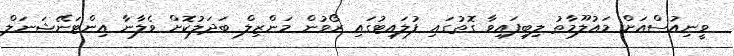
ވީނިއުސްއަށް މައުލޫމާތު ލިބިފައިވާ ގޮތުގައި ފުލައިޓުގައި ރޯވުން މަންޒިލް ބަދަލުކޮށް ވެލާނާ އިންޓަނޭޝަނަލް